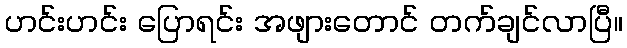
ဟင်းဟင်း ပြောရင်း အဖျားတောင် တက်ချင်လာပြီ။